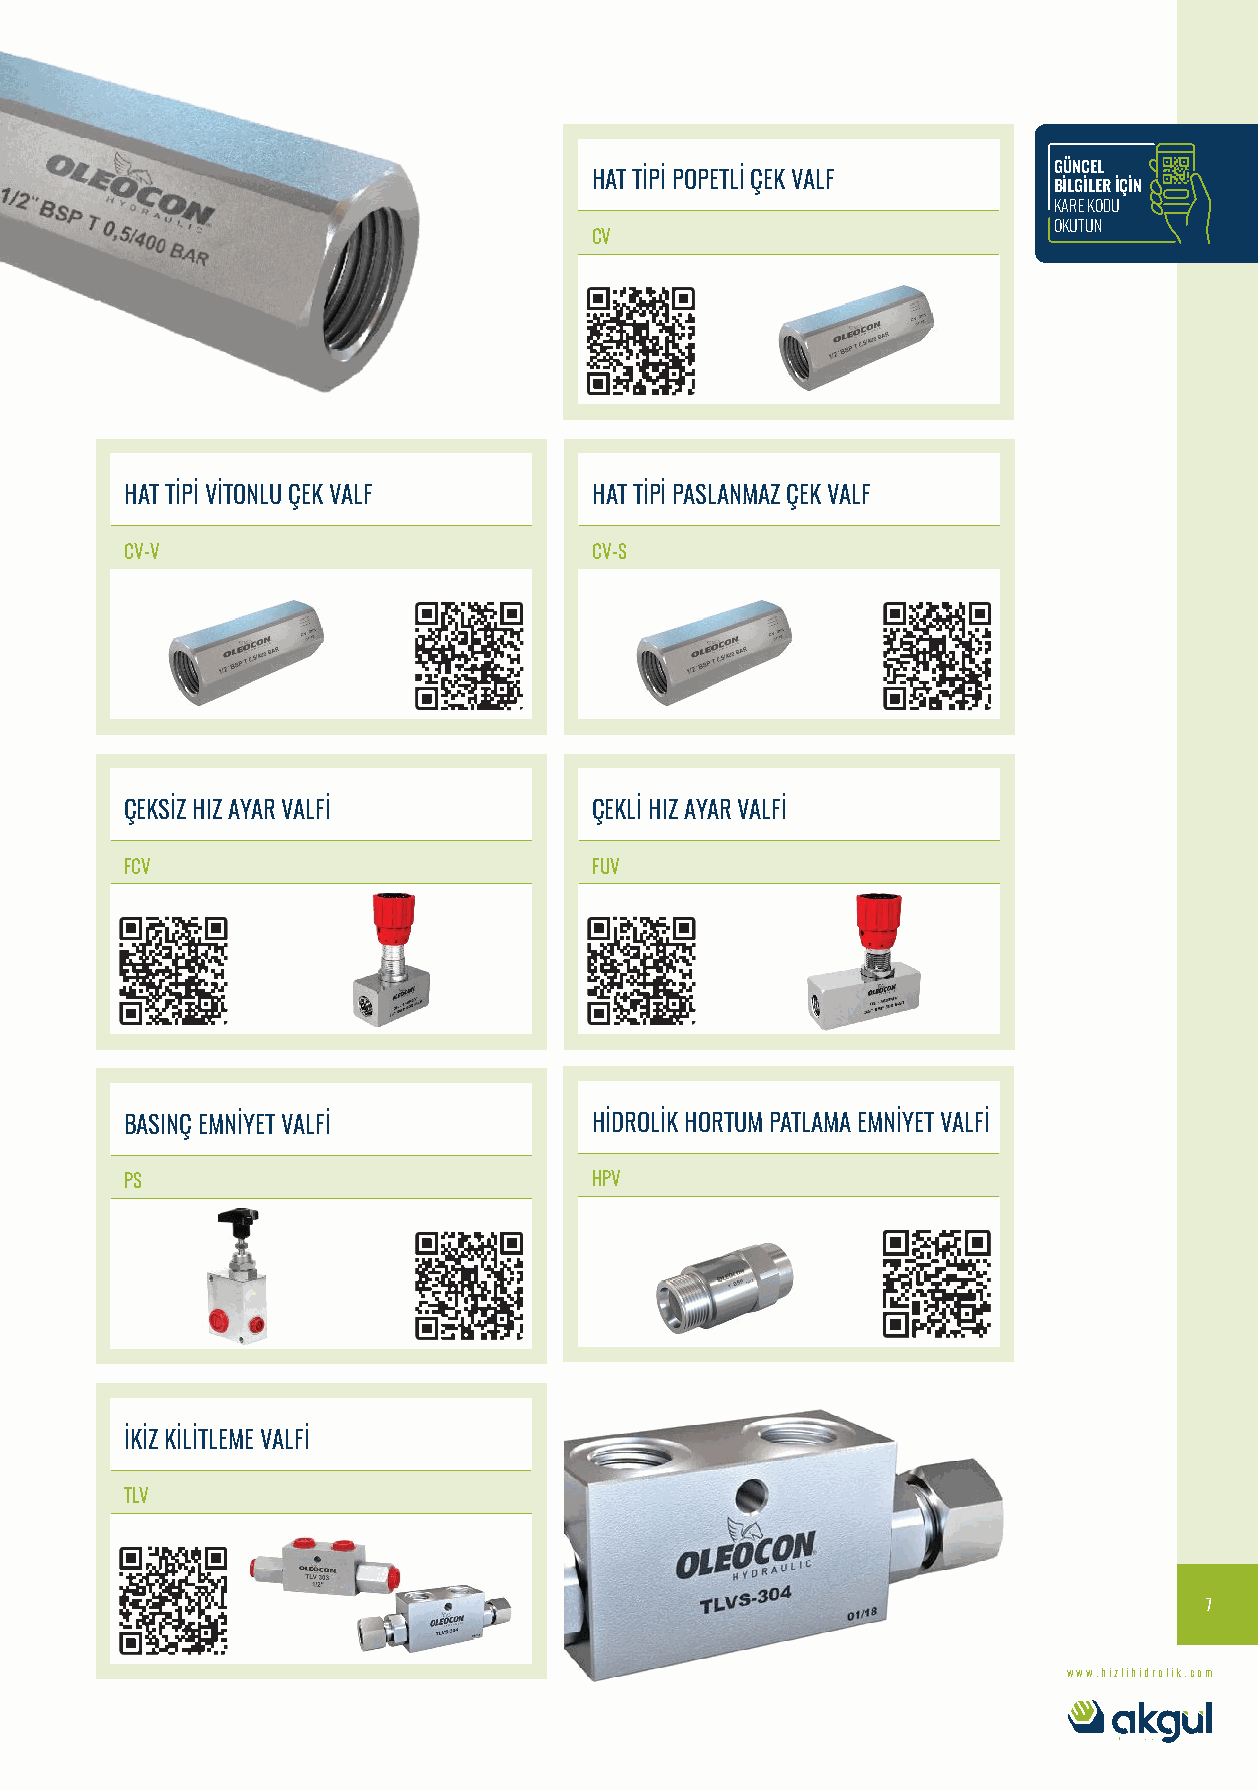
GÜNCEL
 HAT TİPİ POPETLİ ÇEK VALF
 BİLGİLER İÇİN
 KARE KODU
 OKUTUN
 CV
 HAT TİPİ VİTONLU ÇEK VALF      HAT TİPİ PASLANMAZ ÇEK VALF
 CV-V                           CV-S
 ÇEKSİZ HIZ AYAR VALFİ          ÇEKLİ HIZ AYAR VALFİ
 FCV                            FUV
 BASINÇ EMNİYET VALFİ           HİDROLİK HORTUM PATLAMA EMNİYET VALFİ
 PS                             HPV
 İKİZ KİLİTLEME VALFİ
 TLV
 7
 www.hizlihidrolik.com